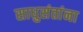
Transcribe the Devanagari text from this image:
साधुसंतांना